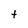
Character: t